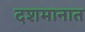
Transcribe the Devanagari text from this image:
दशमानात